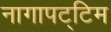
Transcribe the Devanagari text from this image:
नागापट्टिम